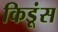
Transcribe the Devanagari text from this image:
किडूंस